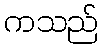
ကသည်